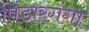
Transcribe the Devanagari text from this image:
पिंडारगंगा